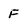
Character: F